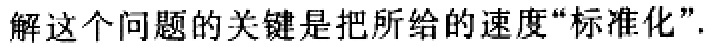
解这个问题的关键是把所给的速度“标准化”.